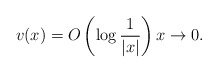
\begin{align*} v(x)=O\left(\log \frac{1}{|x|}\right) x\to0. \end{align*}